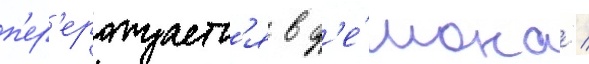
п'ер'ерождаетс'я в д'е́мона /